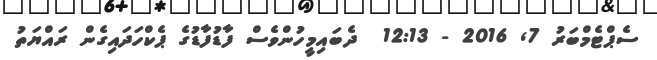
ސެޕްޓެމްބަރު 7